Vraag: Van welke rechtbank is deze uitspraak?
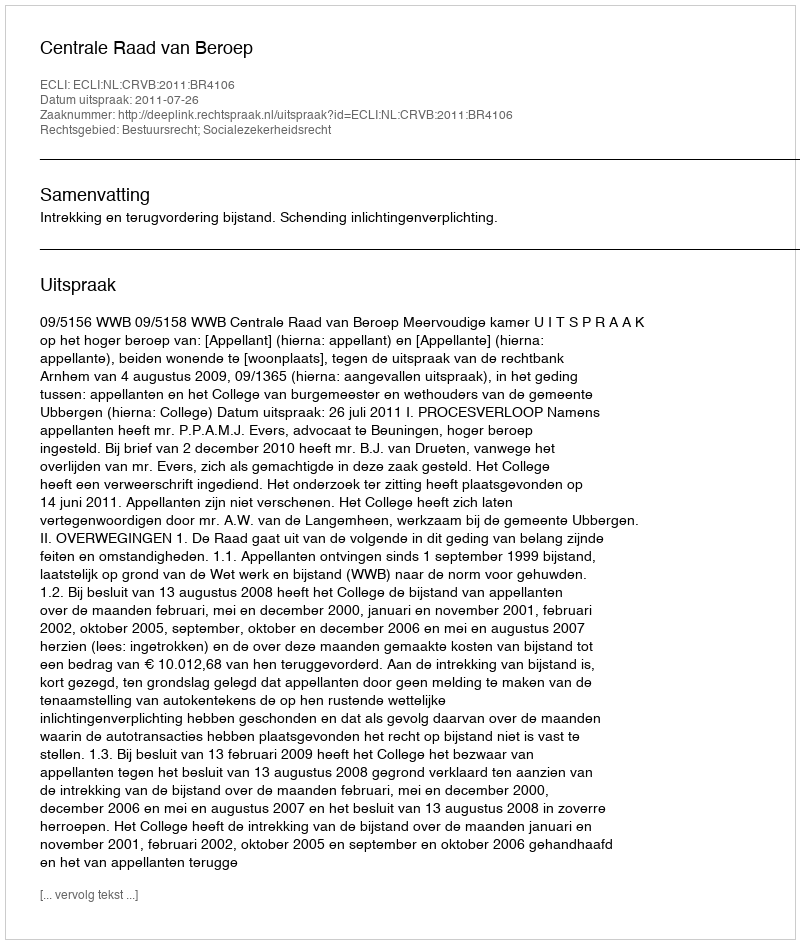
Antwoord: Centrale Raad van Beroep